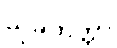
သုခိတတ္တာ